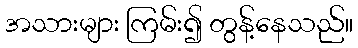
အသားများ ကြမ်း၍ တွန့်နေသည်။